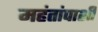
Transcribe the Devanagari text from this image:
महंतांपाशी